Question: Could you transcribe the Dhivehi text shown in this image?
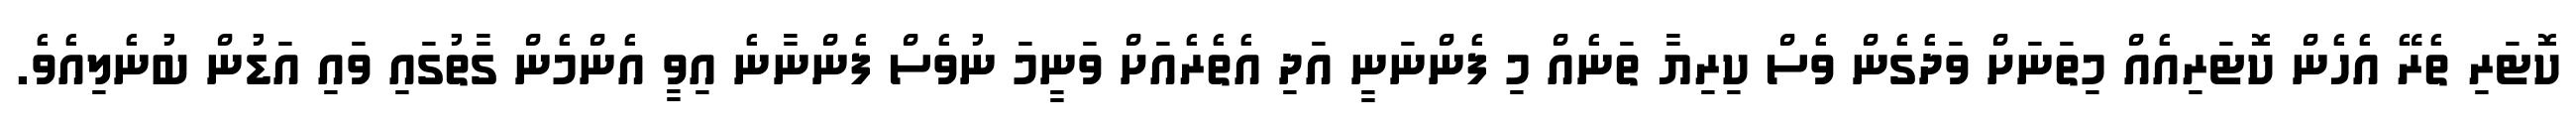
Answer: ކޮޓަރި ތެރޭ އެހެން ކޮޓަރިއެއް މިތަނަށް ވަދެގެން ވެސް ކިރިޔާ ތަނެއް މި ފެންނަނީ އަދި އެތެރެއަށް ވަނީމަ ނުވެސް ފެންނާނެ އިވީ އެންމެން ގާތުގައި ވައި އަޑުން ބުނެލިއެވެ.